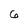
Character: 6